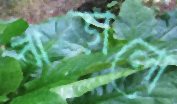
ঝড়ালো